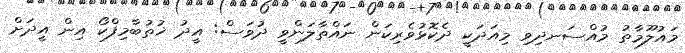
މައުލޫމާތު މުއްސަނދިވި މިއަދަކީ ދެކޮޅުވެރިކަން ނައްތާލަންވީ ދުވަސް: އީދު ޚުތުބާމިފްކޯ އިން އީދަށް